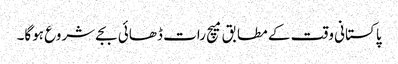
پاکستانی وقت کے مطابق میچ رات ڈھائی بجے شروع ہوگا۔